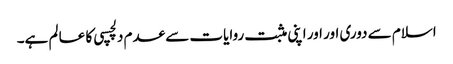
اسلام سے دوری اور اور اپنی مثبت روایات سے عدم دلچسپی کا عا لم ہے۔